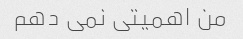
من اهمیتی نمی دهم